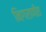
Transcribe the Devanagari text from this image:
निगराणीत